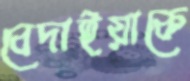
বেদাইয়াকে